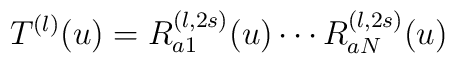
T^{(l)}(u) = R^{(l,2s)}_{a1}(u)\cdots R^{(l,2s)}_{aN}(u)